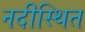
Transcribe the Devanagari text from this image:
नदीस्थित